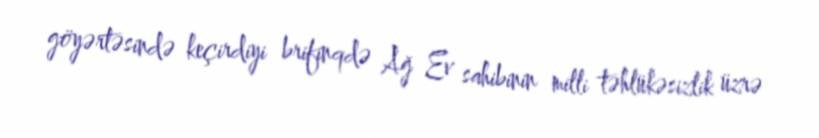
göyərtəsində keçirdiyi brifinqdə Ağ Ev sahibinin milli təhlükəsizlik üzrə